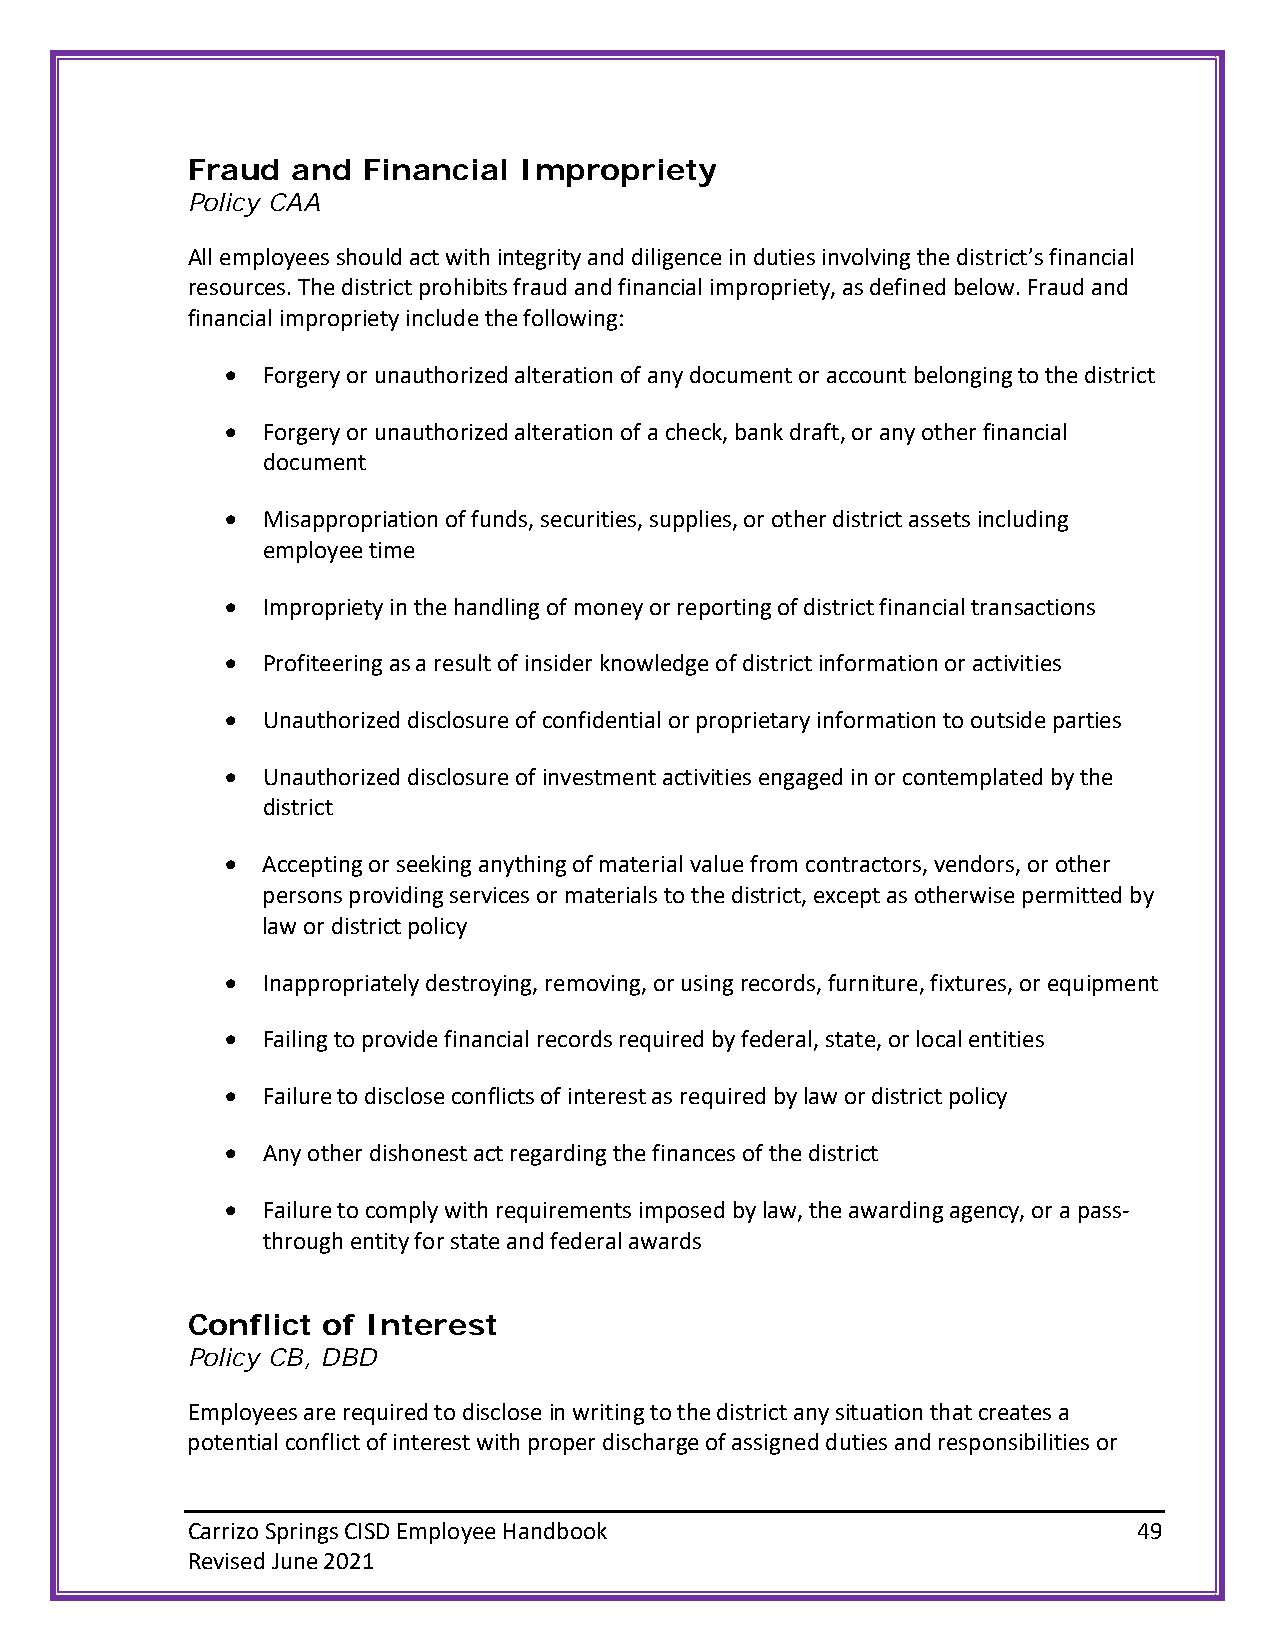
Fraud  and  Financial Impropriety
 Policy CAA
 All employees should act with integrity and diligence in duties involving the district’s financial
 resources. The district prohibits fraud and financial impropriety, as defined below. Fraud and
 financial impropriety include the following:
 • Forgery or unauthorized alteration of any document or account belonging to the district
 • Forgery or unauthorized alteration of a check, bank draft, or any other financial
 document
 • Misappropriation of funds, securities, supplies, or other district assets including
 employee time
 • Impropriety in the handling of money or reporting of district financial transactions
 • Profiteering as a result of insider knowledge of district information or activities
 • Unauthorized disclosure of confidential or proprietary information to outside parties
 • Unauthorized disclosure of investment activities engaged in or contemplated by the
 district
 • Accepting or seeking anything of material value from contractors, vendors, or other
 persons providing services or materials to the district, except as otherwise permitted by
 law or district policy
 • Inappropriately destroying, removing, or using records, furniture, fixtures, or equipment
 • Failing to provide financial records required by federal, state, or local entities
 • Failure to disclose conflicts of interest as required by law or district policy
 • Any other dishonest act regarding the finances of the district
 • Failure to comply with requirements imposed by law, the awarding agency, or a pass-
 through entity for state and federal awards
 Conflict of Interest
 Policy CB, DBD
 Employees are required to disclose in writing to the district any situation that creates a
 potential conflict of interest with proper discharge of assigned duties and responsibilities or
 Carrizo Springs CISD Employee Handbook                         49
 Revised June 2021